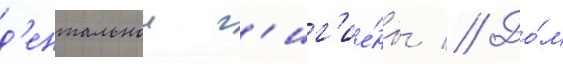
д'ентальнои г'иг'ие́ны // До́м